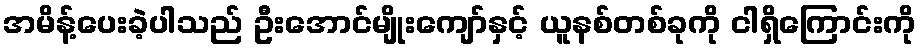
အမိန့်ပေးခဲ့ပါသည် ဦးအောင်မျိုးကျော်နှင့် ယူနစ်တစ်ခုကို ငါရှိကြောင်းကို